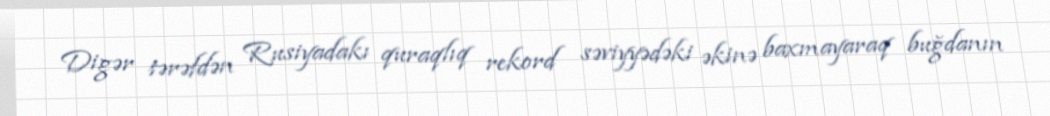
Digər tərəfdən Rusiyadakı quraqlıq rekord səviyyədəki əkinə baxmayaraq buğdanın